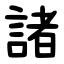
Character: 諸